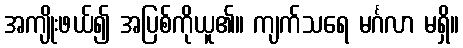
အကျိုးဖယ်၍ အပြစ်ကိုယူ၏။ ကျက်သရေ မင်္ဂလာ မရှိ။